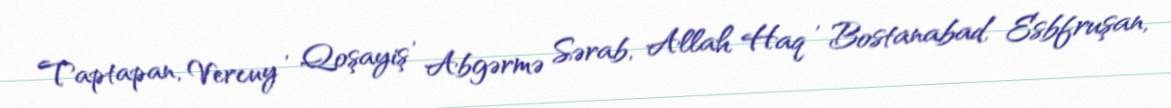
Taptapan, Vercuy , Qoşayiş , Abgərmə Sərab, Allah Haq , Bostanabad, Esbfruşan,